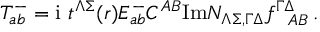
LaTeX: T _ { a b } ^ { - } = \mathrm { i } \ t ^ { \Lambda \Sigma } ( r ) E _ { a b } ^ { - } C ^ { A B } \mathrm { I m } { \cal N } _ { \Lambda \Sigma , \Gamma \Delta } f _ { ~ ~ A B } ^ { \Gamma \Delta } \, .